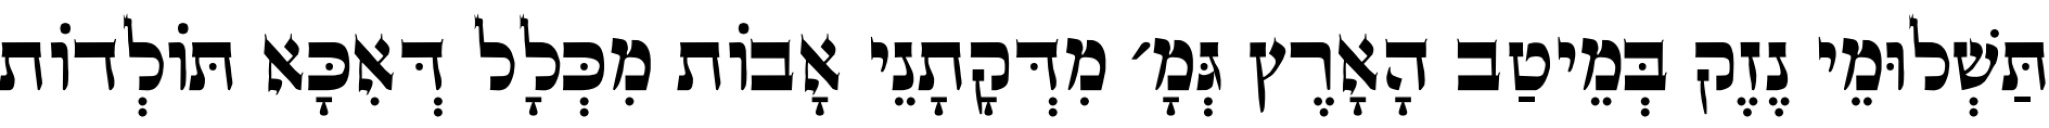
תַּשְׁלוּמֵי נֶזֶק בְּמֵיטַב הָאָרֶץ גְּמָ׳ מִדְּקָתָנֵי אָבוֹת מִכְּלָל דְּאִכָּא תּוֹלְדוֹת